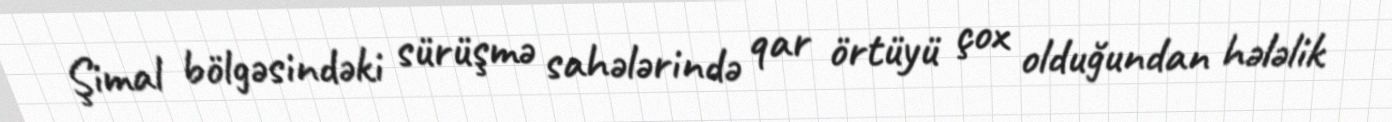
Şimal bölgəsindəki sürüşmə sahələrində qar örtüyü çox olduğundan hələlik